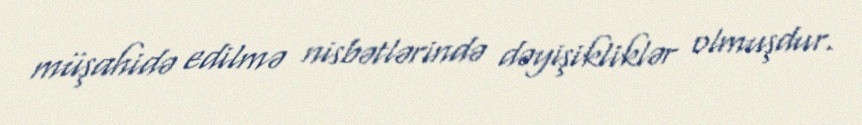
müşahidə edilmə nisbətlərində dəyişikliklər olmuşdur.